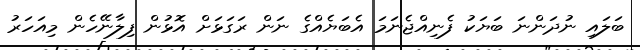
ބަލައި ނުދަންނަ ބަޔަކު ފެނިއްޖެނަމަ އެބަޔެއްގެ ނަން ރަގަޅަށް އޮޅުން ފިލާނޭހެން މިއަހަރު